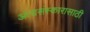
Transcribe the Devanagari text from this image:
अंत्यसंस्कारासाठी